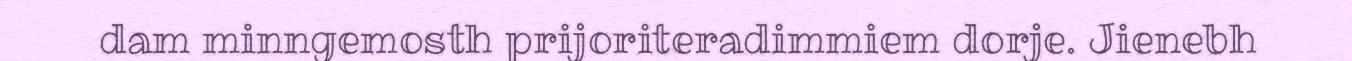
dam minngemosth prijoriteradimmiem dorje. Jienebh